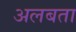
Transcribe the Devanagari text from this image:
अलबता